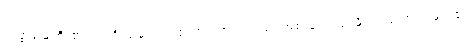
ကမ္ဘာမြေကြီး၏ ရှေးဦးသမိုင်းကာလတွင် အလင်းဖြင့် အစာချက်လုပ်နိုင်သည့် အပင်များ၏